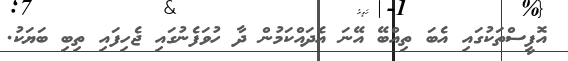
އޮފީސްތަކުގައި އެބަ ތިއްބޭ އޭނަ އެދައްކަމުން ދާ ހުވަފެނުގައި ޖެހިފައި ތިބި ބަޔަކު.